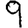
Digit: 9